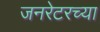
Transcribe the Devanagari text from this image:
जनरेटरच्या